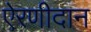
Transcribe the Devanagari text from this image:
ऐरणीदान